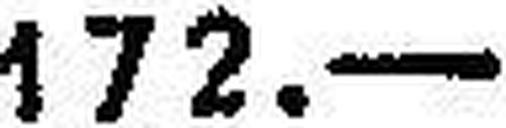
172.—